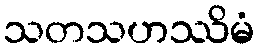
သတသဟဿိမံ